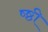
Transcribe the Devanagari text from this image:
ष्ष्ठी